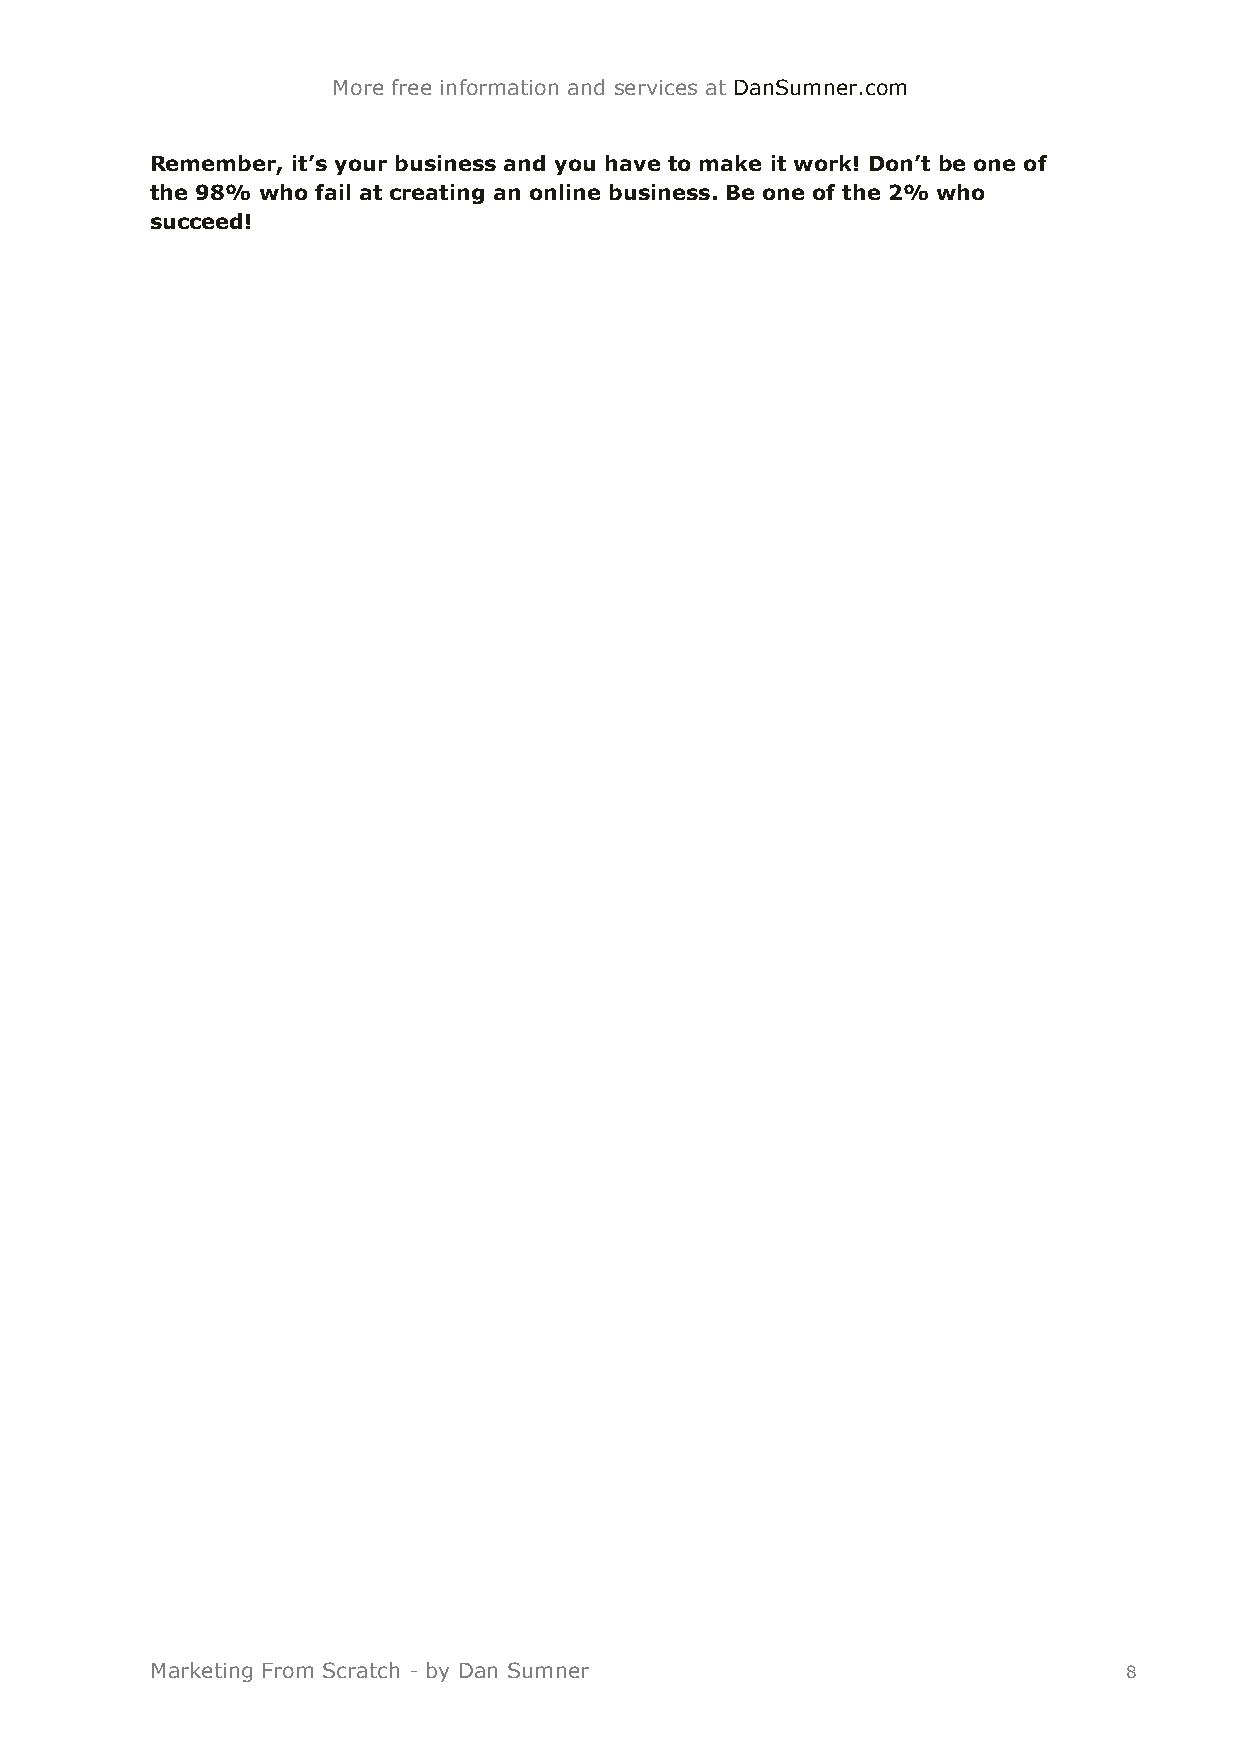
More free information and services at DanSumner.com
 Remember, it’s your business and you have to make it work! Don’t be one of
 the 98% who fail at creating an online business. Be one of the 2% who
 succeed!
 Marketing From Scratch - by Dan Sumner                          8